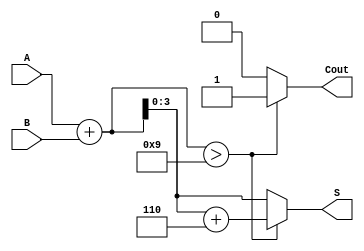
module BCD_Redundant_Binary_Adder (
    input [3:0] A,          // BCD Input A
    input [3:0] B,          // BCD Input B
    output reg [3:0] S,     // BCD Output Sum
    output reg Cout         // Carry Out
);

// Intermediate signals
wire [4:0] sum;           // 5-bit sum to accommodate carry
wire correction_needed;    // Signal to indicate correction is needed

// Addition Stage
assign sum = A + B; // Perform the addition

// Correction Stage
assign correction_needed = sum > 9; // Check if correction is needed

always @(*) begin
    if (correction_needed) begin
        S = sum + 4'b0110; // Apply correction
        Cout = 1;          // Set carry out
    end else begin
        S = sum[3:0];      // No correction needed, take lower 4 bits
        Cout = 0;          // No carry out
    end
end

endmodule